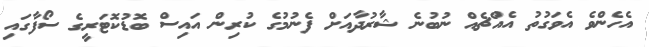
އެހެންވެ އެވަގުތު އެއްޗެއް ނުބުނެ ޝާރުދާއަށް ފެނުމުގެ ކުރިން އައިސް ބޮޑުކޮޓަރީގެ ސޯފާގައި